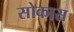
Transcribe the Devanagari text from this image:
सोकास